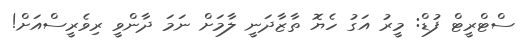
ސްޓްރީޓް ފުޑް: މީރު އަގު ހެޔޮ ތާޒާދަނީ ލާމަށް ނަމަ ދާންވީ ރިވެރީސްއަށް!